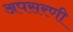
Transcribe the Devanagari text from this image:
अपसरणी